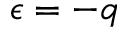
\epsilon = - q